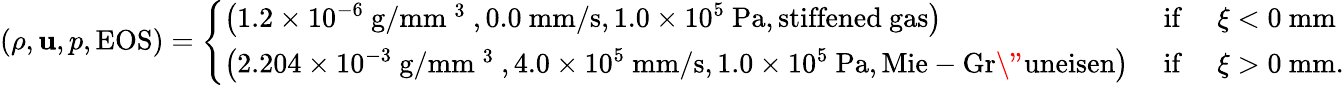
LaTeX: (\rho,\mathbf{u},p,\mathrm{{EOS}})=\left\{ \begin{array}{ll}{\left(1.2\times 10^{-6}~\mathrm{g/mm~^3~},0.0~\mathrm{mm/s},1.0\times 10^{5}~\mathrm{Pa},\mathrm{stiffened~gas}\right)}&{\mathrm{~if~}\quad\xi<0~\mathrm{mm}}\\ {\left(2.204\times 10^{-3}~\mathrm{g/mm~^3~},4.0\times 10^{5}~\mathrm{mm/s},1.0\times 10^{5}~\mathrm{Pa},\mathrm{Mie-Gr\" {u}neisen}\right)}&{\mathrm{~if~}\quad\xi>0~\mathrm{mm}.}\end{array}\right.